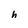
Character: h